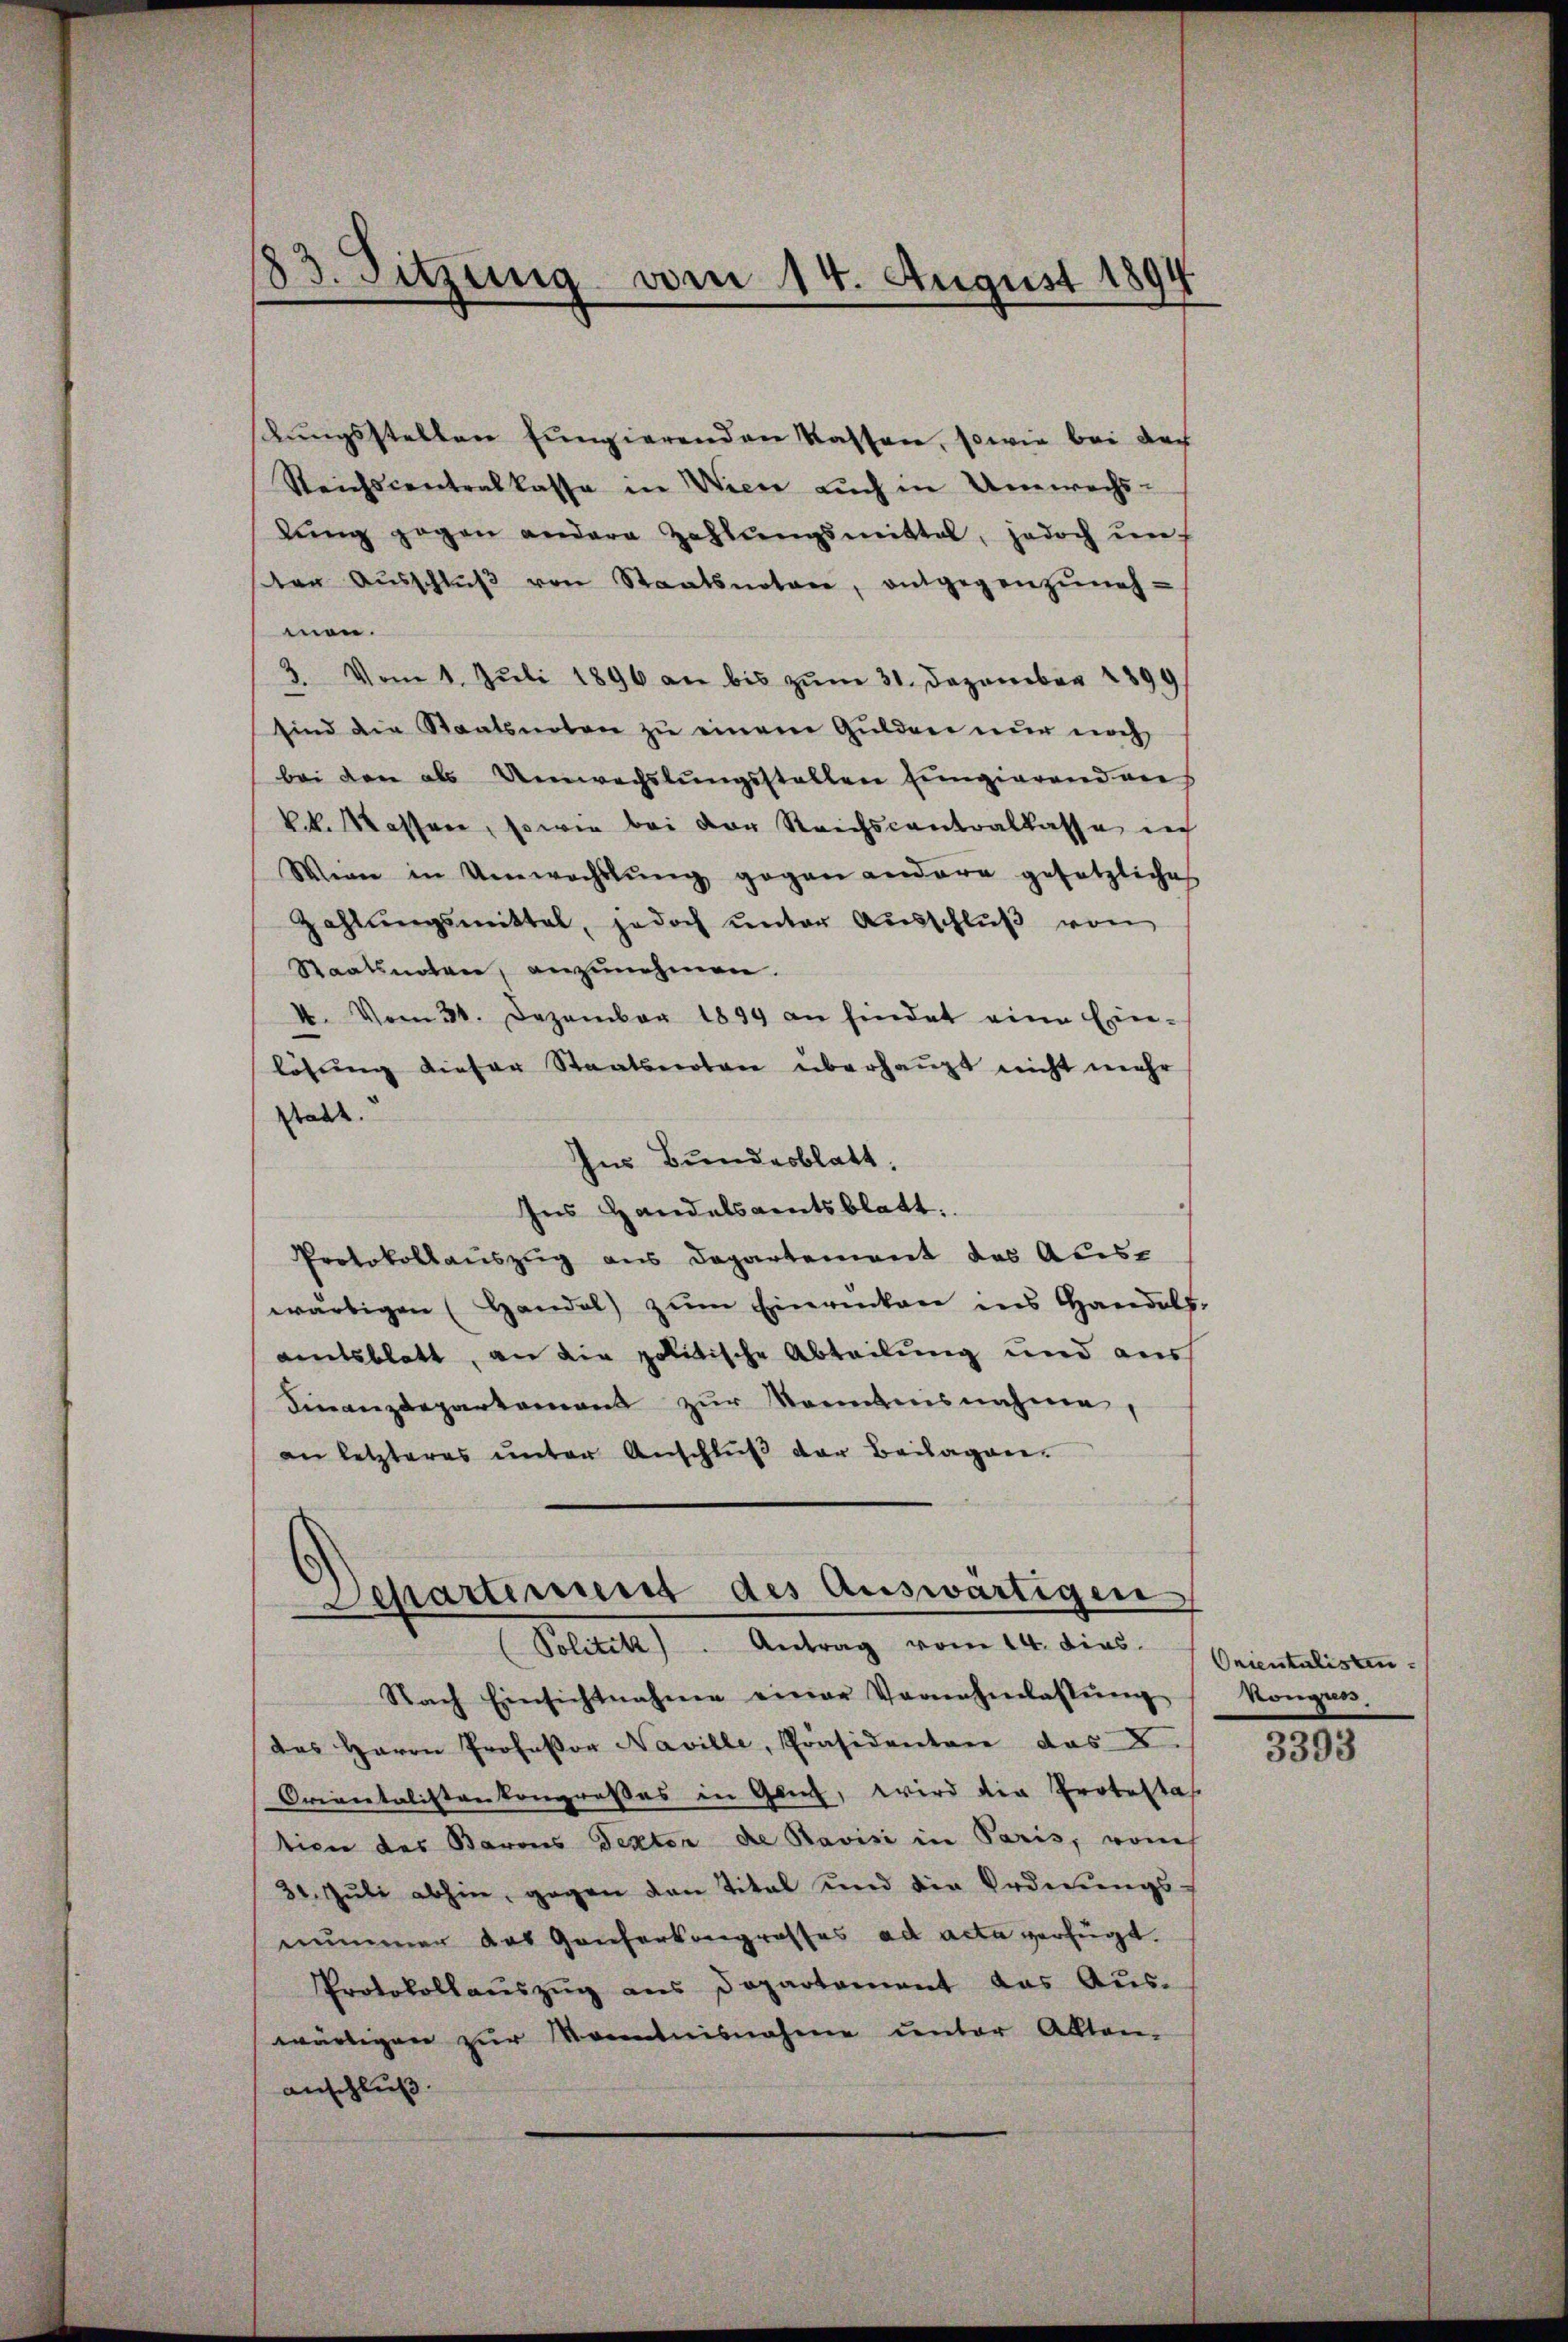
83. Sitzung vom 14. August 1894

ßungsstellen fungierenden Kassen, sowie bei der
Reichscontralkassa in Wiene auch in Umwechs-
lŭng gegen andere Zahlŭngsmittel, jedoch in
ten Aŭsschlŭβ von Staatsnotar, entgegenzŭneh-
men.
3. Vom 1. Juli 1896 an bis zum 31. Dezember 1899
sind die Staatsnoten zu einem Gulden nur noch
bei den als Umwechslungsstellen Eingierend auf
k.k. Massen, sowie bei der Reichscantoalkasse ich
Wenn in Umwachslung gegen andere gesetzliches
Zahlungsmittel, jedoch unter Ausschlŭβ von
Staatsnoten, anzunehmen.
4. Vom 31. Dezember 1899 an findet eine Ein-
lösung dieser Staatsnoten überhaupt nicht mehr
Stadt.
Ins Bundesblatt,
Ins Handelsamtsblatt.
Protokollauszug aus Departement das Aus-
wärtigen (Handel zŭm Einrücken ins Handels-
amtsblatt, an die politische Abteilung und aus
Finanzdepartement zŭr Kenntnisnahme,
an letzteres unter Anschluß der Beilagen.

Departement des Auswärtigen
(Politik. Antrag vom 14. dies

Nach Einsichtnahmen einer Vornahmlassŭng
das Herrn Professor Naville, Präsidentare das L.
Orientalistenkongreßes in Glich, wird die Protestas
tion des Barons Texten die Pavisi in Paris, von
31. Jŭli abhin, gegen den Tital und die Ordnungs-
nummer das Ganterkongrosses ad acta verfügt.
Protokollaŭszŭg ans Departement das Aŭs-
wärtigen zur Kenntnisnahme centor Alltan-
anschluß.

Orientalisten.
kongus.

3393